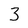
Character: 3